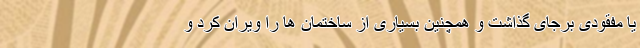
یا مفقودی برجای گذاشت و همچنین بسیاری از ساختمان ها را ویران کرد و